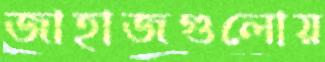
জাহাজগুলোয়